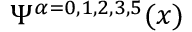
\Psi ^ { \alpha = 0 , 1 , 2 , 3 , 5 } ( x )